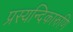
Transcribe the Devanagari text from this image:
प्रस्यन्दिकारुणि